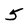
Character: 5